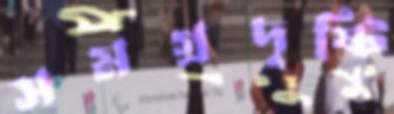
সমগ্রদৃষ্টি